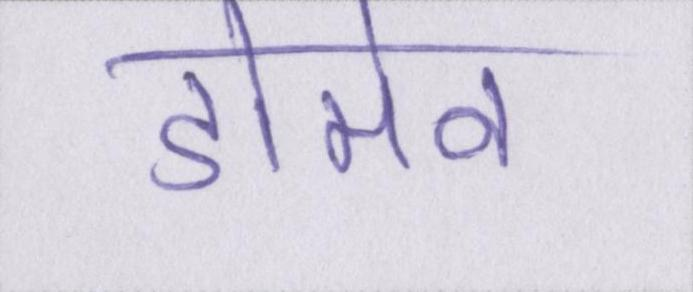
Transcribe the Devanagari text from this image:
डोमेन